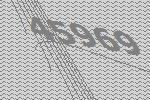
45969